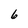
Character: 6